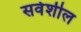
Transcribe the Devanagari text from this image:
सर्वशील